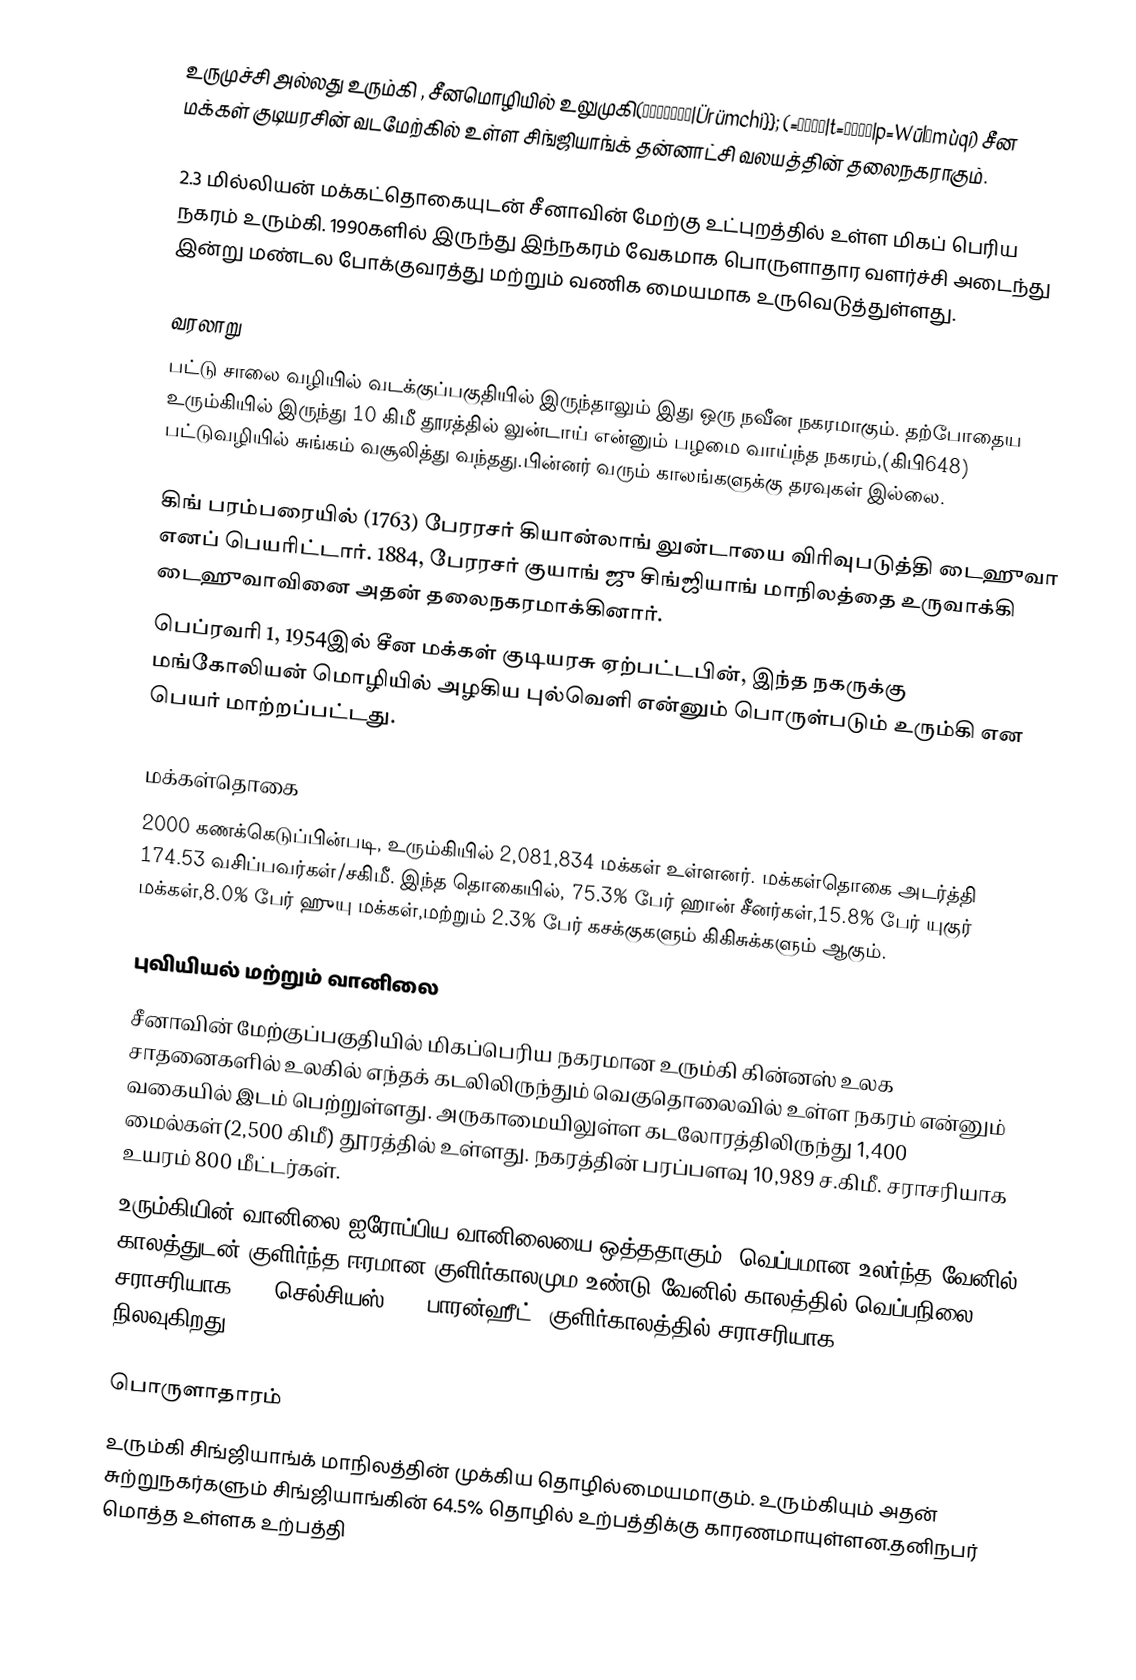
உருமுச்சி அல்லது உரும்கி , சீனமொழியில் உலுமுகி(ئۈرۈمچی|Ürümchi}}; (=乌鲁木齐|t=烏魯木齊|p=Wūlǔmùqí) சீன மக்கள் குடியரசின் வடமேற்கில் உள்ள சிங்ஜியாங்க் தன்னாட்சி வலயத்தின் தலைநகராகும்.

2.3 மில்லியன் மக்கட்தொகையுடன் சீனாவின் மேற்கு உட்புறத்தில் உள்ள மிகப் பெரிய நகரம் உரும்கி. 1990களில் இருந்து இந்நகரம் வேகமாக பொருளாதார வளர்ச்சி அடைந்து இன்று மண்டல போக்குவரத்து மற்றும் வணிக மையமாக உருவெடுத்துள்ளது.

வரலாறு
பட்டு சாலை வழியில் வடக்குப்பகுதியில் இருந்தாலும் இது ஒரு நவீன நகரமாகும். தற்போதைய உரும்கியில் இருந்து 10 கிமீ தூரத்தில் லுன்டாய் என்னும் பழமை வாய்ந்த நகரம்,(கிபி648) பட்டுவழியில் சுங்கம் வசூலித்து வந்தது.பின்னர் வரும் காலங்களுக்கு தரவுகள் இல்லை.

கிங் பரம்பரையில் (1763) பேரரசர் கியான்லாங் லுன்டாயை விரிவுபடுத்தி டைஹுவா எனப் பெயரிட்டார். 1884, பேரரசர் குயாங் ஜு சிங்ஜியாங் மாநிலத்தை உருவாக்கி டைஹுவாவினை அதன் தலைநகரமாக்கினார்.
பெப்ரவரி 1, 1954இல் சீன மக்கள் குடியரசு ஏற்பட்டபின், இந்த நகருக்கு மங்கோலியன் மொழியில் அழகிய புல்வெளி என்னும் பொருள்படும் உரும்கி என பெயர் மாற்றப்பட்டது.

மக்கள்தொகை
2000 கணக்கெடுப்பின்படி, உரும்கியில் 2,081,834 மக்கள் உள்ளனர். மக்கள்தொகை அடர்த்தி 174.53 வசிப்பவர்கள்/சகிமீ. இந்த தொகையில், 75.3% பேர் ஹான் சீனர்கள்,15.8% பேர் யுகுர் மக்கள்,8.0% பேர் ஹுயு மக்கள்,மற்றும் 2.3% பேர் கசக்குகளும் கிகிசுக்களும் ஆகும்.

புவியியல் மற்றும் வானிலை
சீனாவின் மேற்குப்பகுதியில் மிகப்பெரிய நகரமான உரும்கி கின்னஸ் உலக சாதனைகளில் உலகில் எந்தக் கடலிலிருந்தும் வெகுதொலைவில் உள்ள நகரம் என்னும் வகையில் இடம் பெற்றுள்ளது. அருகாமையிலுள்ள கடலோரத்திலிருந்து 1,400 மைல்கள்(2,500 கிமீ) தூரத்தில் உள்ளது. நகரத்தின் பரப்பளவு 10,989 ச.கிமீ. சராசரியாக உயரம் 800 மீட்டர்கள்.
உரும்கியின் வானிலை ஐரோப்பிய வானிலையை ஒத்ததாகும். வெப்பமான,உலர்ந்த வேனில் காலத்துடன் குளிர்ந்த,ஈரமான குளிர்காலமும உண்டு.வேனில் காலத்தில் வெப்பநிலை சராசரியாக 24° செல்சியஸ் (75°பாரன்ஹீட்),குளிர்காலத்தில் சராசரியாக -16 °C (3 °F) நிலவுகிறது.

பொருளாதாரம்
உரும்கி சிங்ஜியாங்க் மாநிலத்தின் முக்கிய தொழில்மையமாகும். உரும்கியும் அதன் சுற்றுநகர்களும் சிங்ஜியாங்கின் 64.5% தொழில் உற்பத்திக்கு காரணமாயுள்ளன.தனிநபர் மொத்த உள்ளக உற்பத்தி